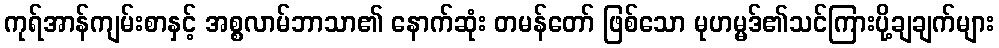
ကုရ်အာန်ကျမ်းစာနှင့် အစ္စလာမ်ဘာသာ၏ နောက်ဆုံး တမန်တော် ဖြစ်သော မုဟမ္မဒ်၏သင်ကြားပို့ချချက်များ